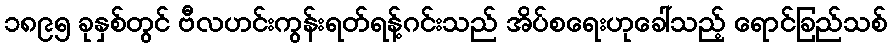
၁၈၉၅ ခုနှစ်တွင် ဗီလဟင်းကွန်းရတ်ရန့်ဂင်းသည် အိပ်စရေးဟုခေါ်သည့် ရောင်ခြည်သစ်